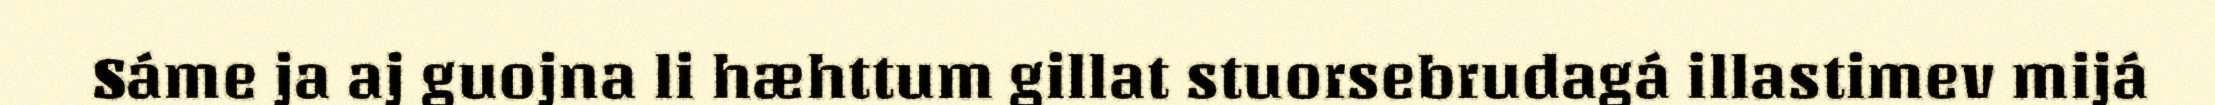
Sáme ja aj guojna li hæhttum gillat stuorsebrudagá illastimev mijá